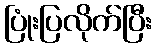
ပြုံးပြလိုက်ပြီး